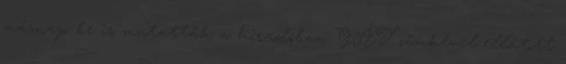
másnap be is mutatták a híradóban. GÁT címkével ellátott